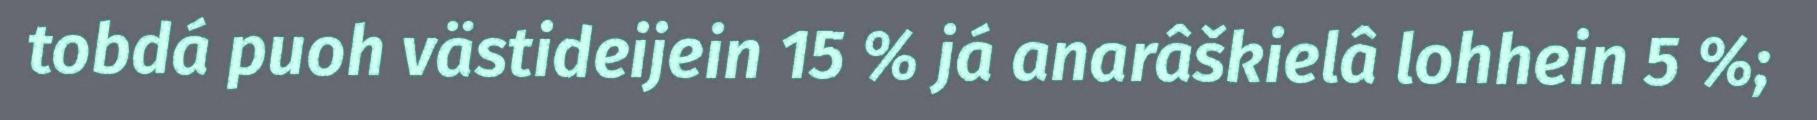
tobdá puoh västideijein 15 % já anarâškielâ lohhein 5 %;